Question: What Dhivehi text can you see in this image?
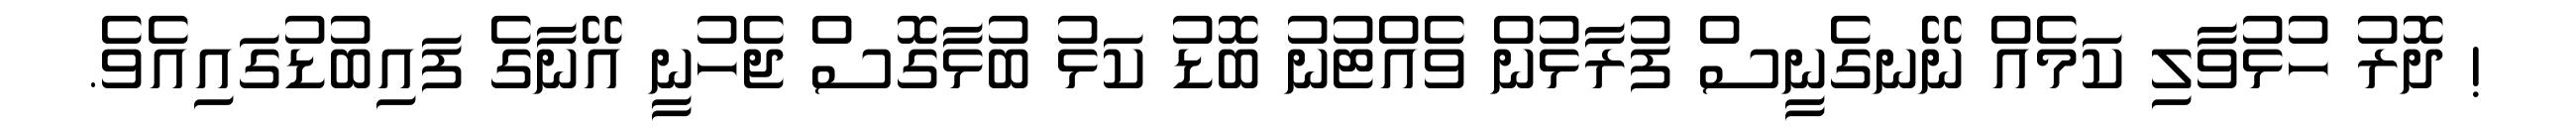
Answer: ! ދޮރު ހުޅުވާލި ކަމެއް ނޭނގެނީސް ފުރާޅުން ވެއްޓުނު ބޮޑު ކަޅު ބުޅާގޮސް ޖެހުނީ އޭނާގެ ފައިބުޑުގައިއެވެ.